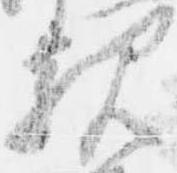
親